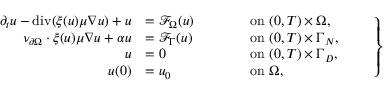
\left. \begin{array} { r l r l } { \partial _ { t } u - \operatorname { d i v } ( \xi ( u ) \mu \nabla u ) + u } & { = \mathcal { F } _ { \Omega } ( u ) \qquad } & & { \mathrm { o n ~ } ( 0 , T ) \times \Omega , } \\ { \nu _ { \partial \Omega } \cdot \xi ( u ) \mu \nabla u + \alpha u } & { = \mathcal { F } _ { \Gamma } ( u ) } & & { \mathrm { o n ~ } ( 0 , T ) \times \Gamma _ { N } , } \\ { u } & { = 0 } & & { \mathrm { o n ~ } ( 0 , T ) \times \Gamma _ { D } , } \\ { u ( 0 ) } & { = u _ { 0 } } & & { \mathrm { o n ~ } \Omega , } \end{array} \qquad \right\}